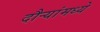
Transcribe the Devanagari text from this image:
दौऱ्यांमध्ये